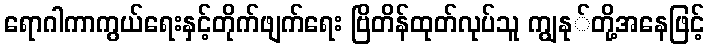
ရောဂါကာကွယ်ရေးနှင့်တိုက်ဖျက်ရေး ဗြိတိန်ထုတ်လုပ်သူ ကျွနု်တို့အနေဖြင့်